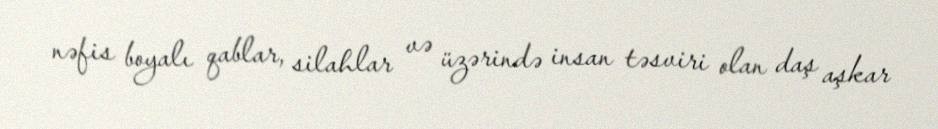
nəfis boyalı qablar, silahlar və üzərində insan təsviri olan daş aşkar